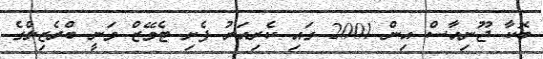
ބޮކާ ޖޫނިއާސް އިން 2001 ގައި ކެރިއަރު ފެށި ޓެވޭޒް ވަނީ ބްރެޒިލްގެ